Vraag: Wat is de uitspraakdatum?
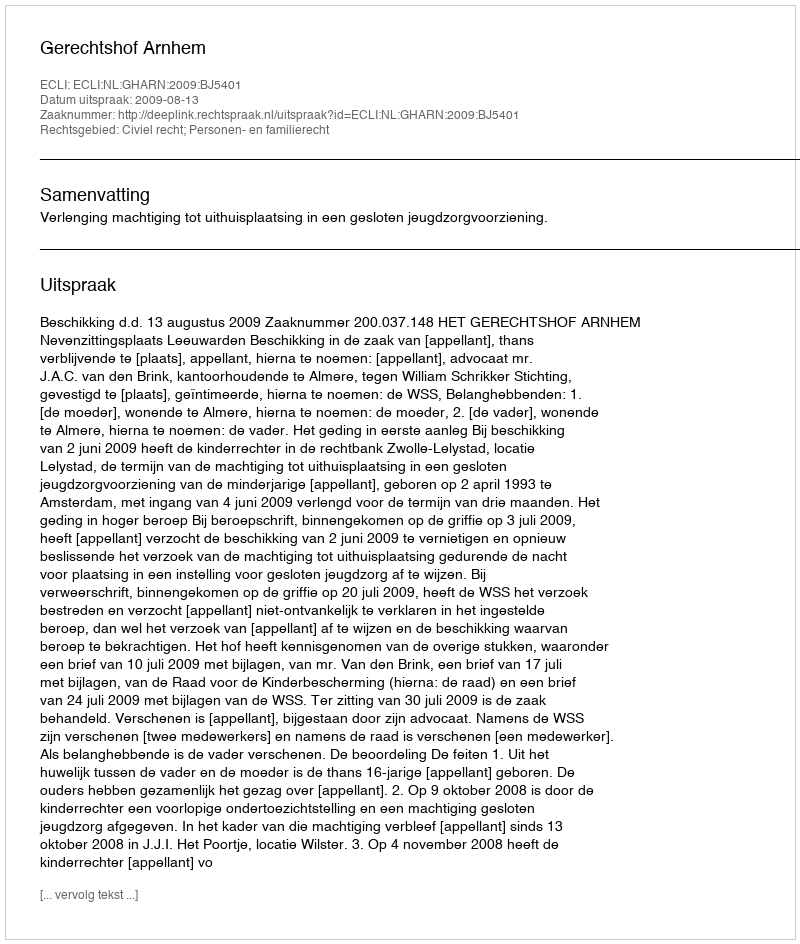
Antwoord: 2009-08-13